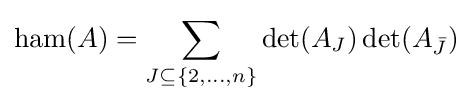
\operatorname {ham} (A)=\sum _{J\subseteq \{2,\dots ,n\}}\det(A_{J})\det(A_{\bar {J}})